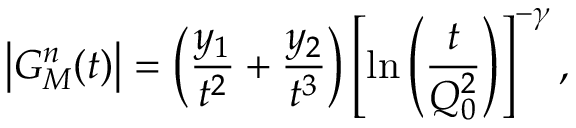
\left| G _ { M } ^ { n } ( t ) \right| = \left( \frac { y _ { 1 } } { t ^ { 2 } } + \frac { y _ { 2 } } { t ^ { 3 } } \right) \left[ \ln \left( \frac { t } { Q _ { 0 } ^ { 2 } } \right) \right] ^ { - \gamma } ,